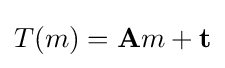
T(m)=\mathbf {A} m+\mathbf {t}